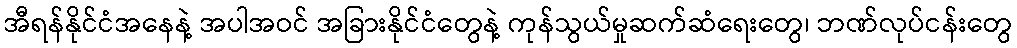
အီရန်နိုင်ငံအနေနဲ့ အပါအဝင် အခြားနိုင်ငံတွေနဲ့ ကုန်သွယ်မှုဆက်ဆံရေးတွေ၊ ဘဏ်လုပ်ငန်းတွေ